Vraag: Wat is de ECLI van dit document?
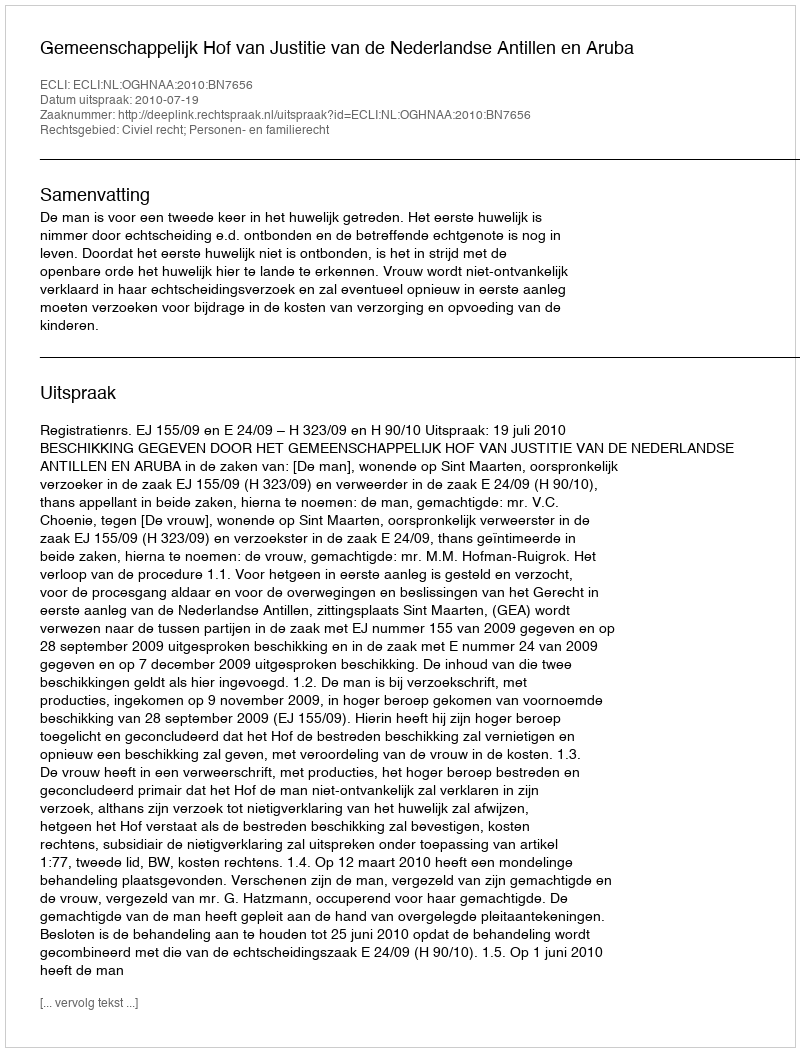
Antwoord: ECLI:NL:OGHNAA:2010:BN7656